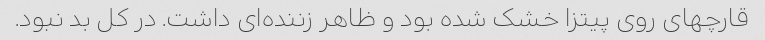
قارچهای روی پیتزا خشک شده بود و ظاهر زننده‌ای داشت. در کل بد نبود.